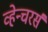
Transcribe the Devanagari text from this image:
व्हेन्चरर्स